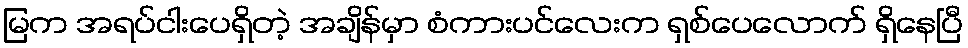
မြက အရပ်ငါးပေရှိတဲ့ အချိန်မှာ စံကားပင်လေးက ရှစ်ပေလောက် ရှိနေပြီ